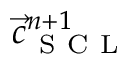
\vec { c } _ { \mathrm { ~ S ~ C ~ L ~ } } ^ { n + 1 }